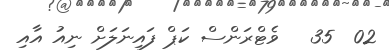
02  35   ވެޓްރަންސް ކަޕް ފައިނަލަށް ނިއު އާއި